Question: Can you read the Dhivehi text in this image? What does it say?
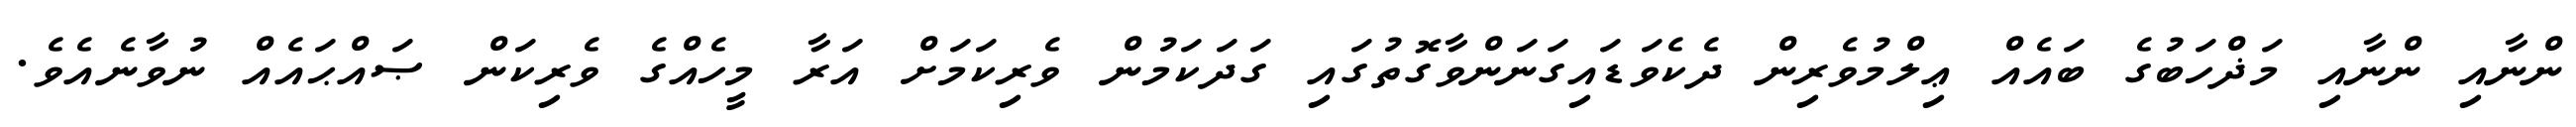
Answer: ންނާއި ންނާއި މަޛްހަބުގެ ބައެއް ޢިލްމުވެރިން ދެކެވަޑައިގަނަންވާގޮތުގައި ގަދަކަމުން ވެރިކަމަށް އަރާ މީހެއްގެ ވެރިކަން ޞައްޙައެއް ނުވާނެއެވެ.